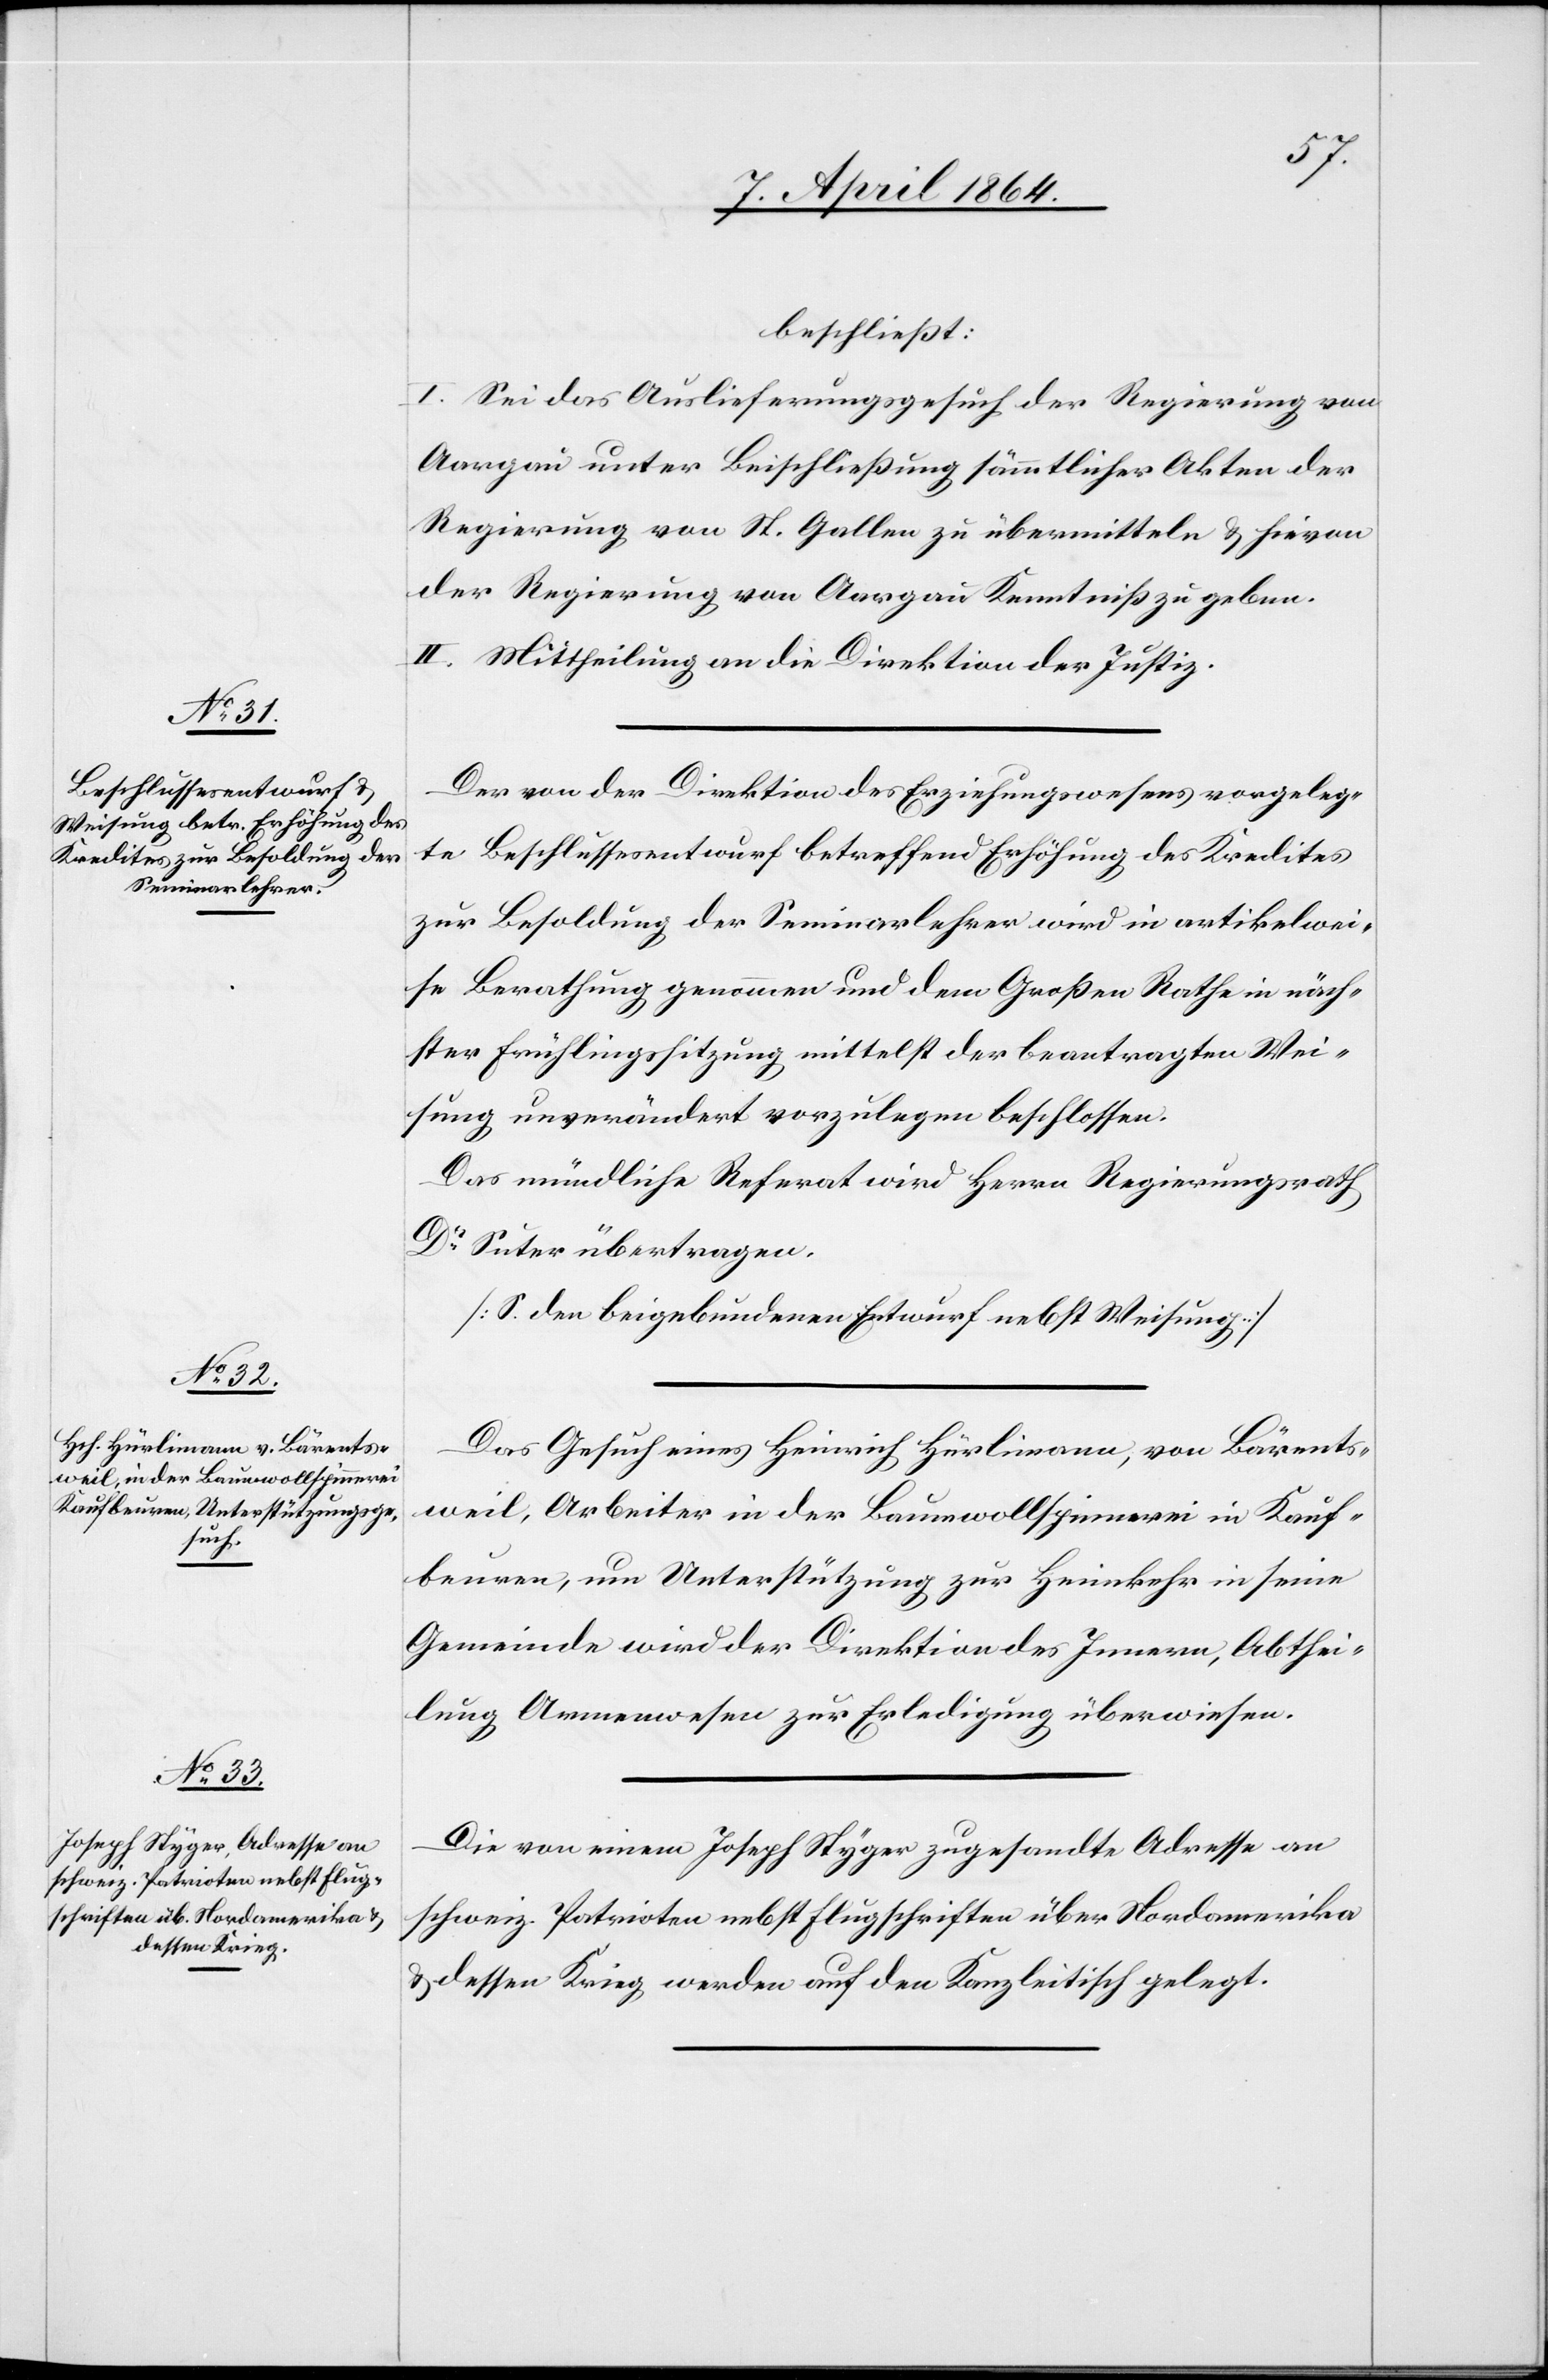
beschließt:
I. Sei das Auslieferungsgesuch der Regierung von
Aargau unter Beischließung sämmtlicher Akten der
Regierung von St. Gallen zu übermitteln u. hievon
der Regierung von Aargau Kenntniß zu geben.
II. Mittheilung an die Direktion der Justiz.
Der von der Direktion des Erziehungswesens vorgeleg¬
te Beschlussesentwurf betreffend Erhöhung des Kredites
zur Besoldung der Seminarlehrer wird in artikelwei¬
se Berathung genommen und dem Großen Rathe in näch¬
ster Frühlingssitzung mittelst der beantragten Wei¬
sung unverändert vorzulegen beschlossen.
Das mündliche Referat wird Herrn Regierungsrath
Dr Suter übertragen.
[S. den beigebundenen Entwurf nebst Weisung.]
Das Gesuch eines Heinrich Hürlimann, von Bärents¬
weil, Arbeiter in der Baumwollspinnerei in Kauf¬
beuren, um Unterstützung zur Heimkehr in seine
Gemeinde wird der Direktion des Innern, Abthei¬
lung Armenwesen zur Erledigung überwiesen.
Die von einem Joseph Styger zugesandte Adresse an
schweiz. Patrioten nebst Flugschriften über Nordamerika
u. dessen Krieg werden auf den Kanzleitisch gelegt.